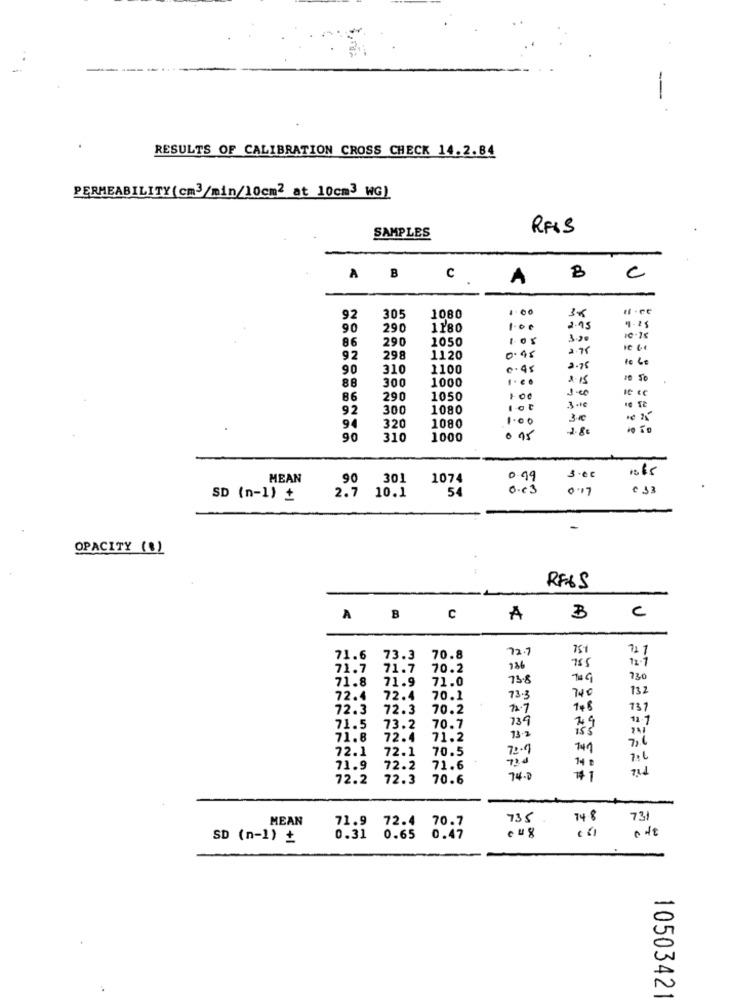
--
RESULTS OF CALIBRATION CROSS CHECK 14.2.84
PERMEABILITY(cm3/min/10cm2 at 10cm3 WG)
RFIS
SAMPLES
B
AB
C
A
c
1.00
92
305
1080
90
290
1180
1.00
2.45
4-25
86
290
1050
2.75
92
298
1120
0.95
90
310
1100
0.45
3.75
88
300
1000
....
1.15
86
290
1050
100
92
300
1080
lot
94
3.10
320
1080
2.8€
90
310
1000
95
1065
MEAN
90
301
1074
0.99
3.00
54
o.'s
0.17
€ 33
SD (n-1) +
2.7
10.1
OPACITY (8)
+
RF6S
A
B
C
A
B
c
72.7
751
711
71.6
73.3
70.8
12.7
71.7
71.7
70.2
736
755
71.8
71.9
71.0
75-8
74G
730
132
72.4
72.4
70.1
73-3
740
72.3
72.3
70.2
72.7
748
737
739
29
11.1
71.5
73.2
70.7
73.2
iss
71.8
72.4
71.2
72.1
72.1
70.5
73-7
741
73
14
71.9
72.2
71.6
72.2
72.3
70.6
74.2
+1
MEAN
71.9
735
74.8
731
72.4 70.7
SD (n-1) ₺
0.31
0.65 0.47
1050342